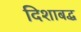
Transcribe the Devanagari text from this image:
दिशाबद्ध